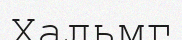
Хальмг